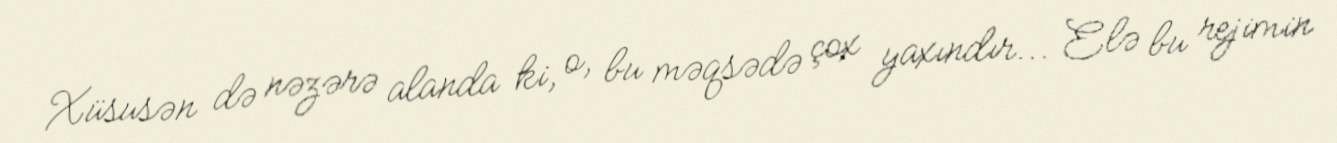
Xüsusən də nəzərə alanda ki, o, bu məqsədə çox yaxındır... Elə bu rejimin